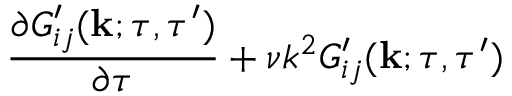
\begin{array} { r l r } { \lefteqn { \frac { \partial G _ { i j } ^ { \prime } ( { \bf { k } } ; \tau , \tau ^ { \prime } ) } { \partial \tau } + \nu k ^ { 2 } G _ { i j } ^ { \prime } ( { \bf { k } } ; \tau , \tau ^ { \prime } ) } } \end{array}